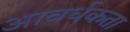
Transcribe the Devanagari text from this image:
आवर्धकता